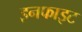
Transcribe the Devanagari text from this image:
इनफाइट